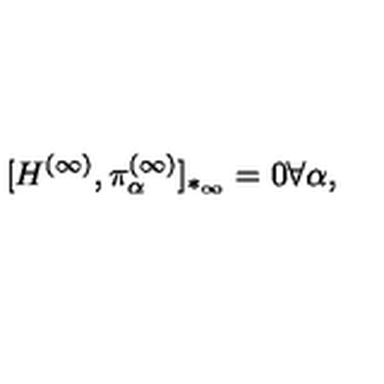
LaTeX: [ H ^ { ( \infty ) } , \pi _ { \alpha } ^ { ( \infty ) } ] _ { * _ { \infty } } = 0 \forall \alpha ,